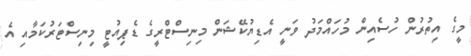
މީގެ އިތުރުން ހުސެއިން މުހައްމަދު ވަނީ އެޑިޔުކޭޝަން މިނިސްޓްރީގެ ޑެޕިއުޓީ މިނިސްޓަރުކަމާއި އެ